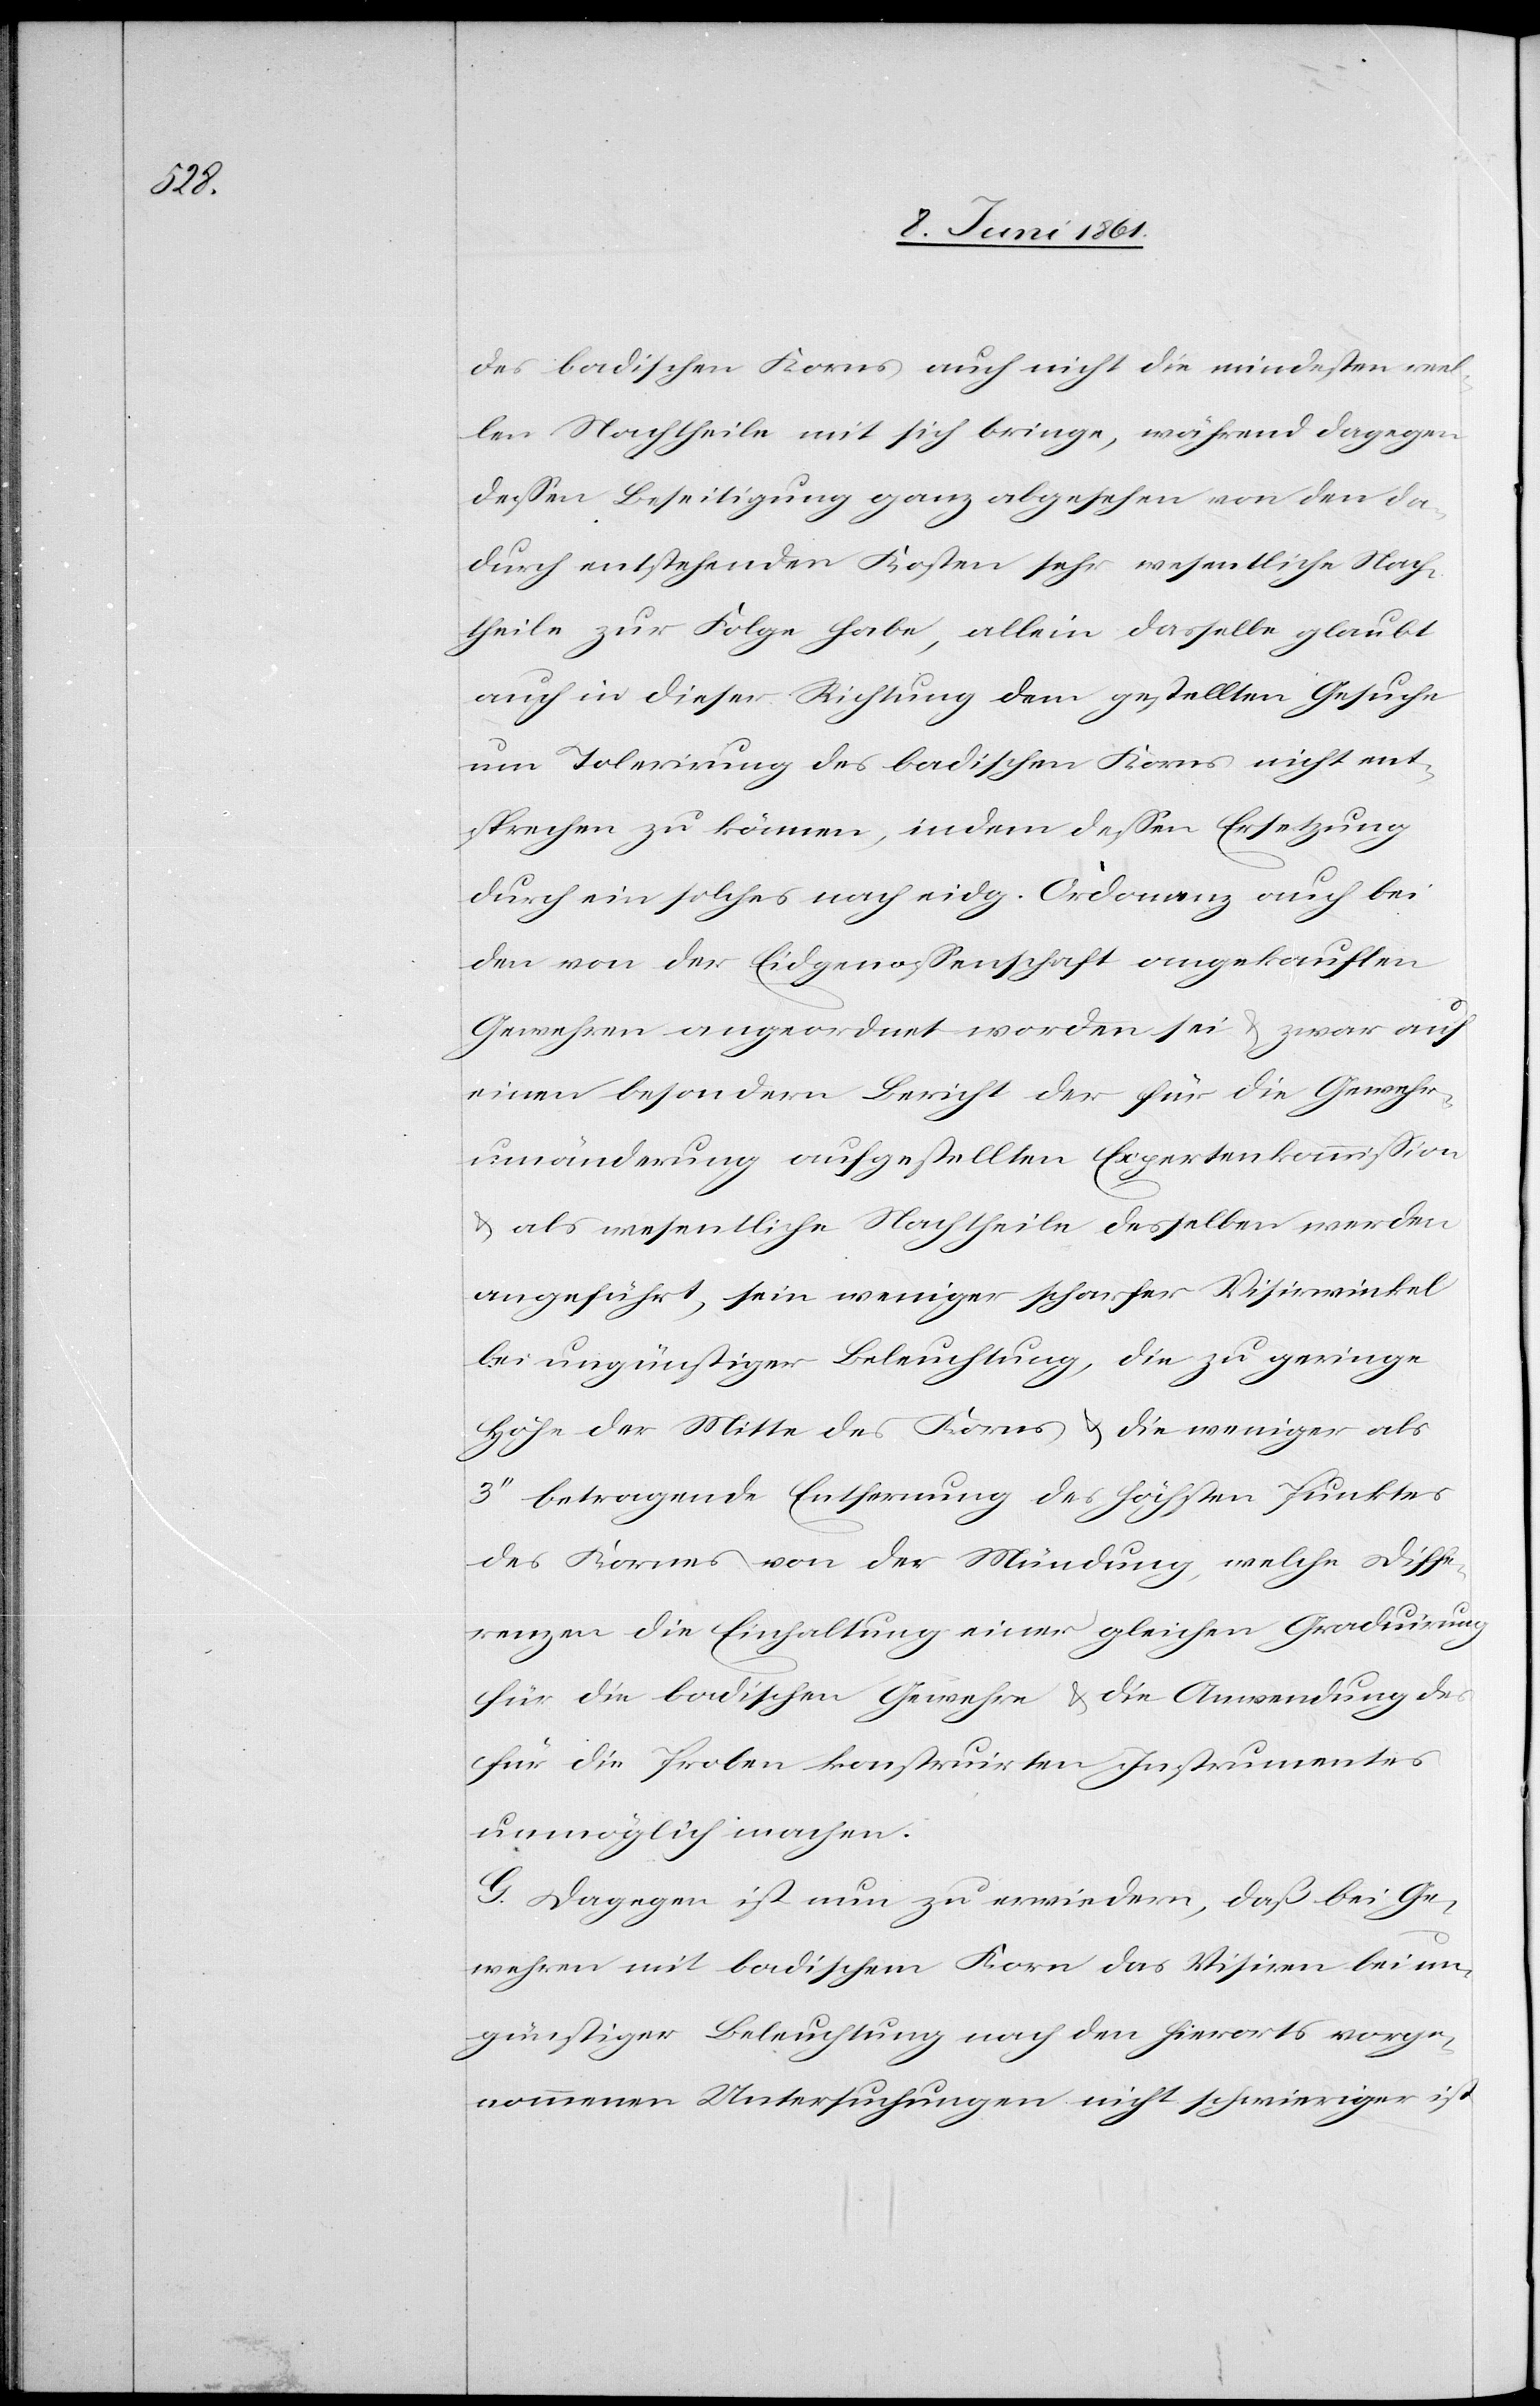
des badischen Korns auch nicht die mindesten welc¬
hen Nachtheile mit sich bringe, während dagegen
dessen Beseitigung ganz abgesehen von den da¬
durch entstehenden Kosten sehr wesentliche Nach¬
theile zur Folge habe, allein dasselbe glaubt
auch in dieser Richtung dem gestellten Gesuche
um Tolerirung des badischen Korns nicht ent¬
sprechen zu können, indem dessen Ersetzung
durch ein solches nach eidg. Ordonanz auch bei
den von der Eidgenossenschaft angekauften
Gewehren angeordnet worden sei u. zwar auf
einen besondern Bericht der für die Gewehr¬
umänderung aufgestellten Expertenkommission
u. als wesentliche Nachtheile desselben werden
angeführt, sein weniger scharfer Visirwinkel
bei ungünstiger Beleuchtung, die zu geringe
Höhe der Mitte des Kornes u. die weniger als
3’’ betragende Entfernung des höchsten Punktes
des Kornes von der Mündung, welche Diffe¬
renzen die Einhaltung einer gleichen Graduirung
für die badischen Gewehre u. die Anwendung des
für die Proben konstruirten Instrumentes
unmöglich machen.
G. Dagegen ist nun zu erwiedern, daß bei Ge¬
wehren mit badischem Korn das Visiren bei un¬
günstiger Beleuchtung nach den hierorts vorge¬
ist
nommenen Untersuchungen nicht schwieriger